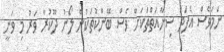
ނަމަވެސް އެފަދަ ސިނާއަތްތަކަށް ވެސް ބޭންކުތަކުން ލޯނު ދޫކުރާ ވަރު މި ވަނީ